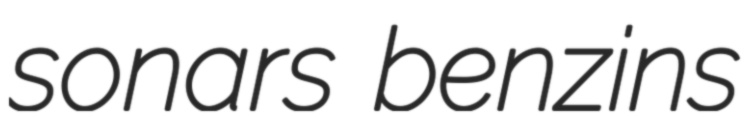
sonars benzins